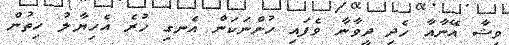
ވިޝާ އޭނާއާ ހެދި ދީވާނާ ވެފައި ހުންނަކަން އެނގި ހުރެ އެހިޔާލު ހިތުން